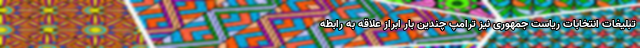
تبلیغات انتخابات ریاست جمهوری نیز ترامپ چندین بار ابراز علاقه به رابطه